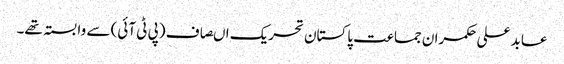
عابد علی حکمران جماعت پاکستان تحریک اںصاف (پی ٹی آئی) سے وابستہ تھے۔